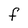
Character: F